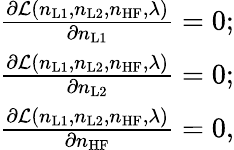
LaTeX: \begin{array}{r}{\frac{\partial\mathcal{L}(n_{\mathrm{L1}},n_{\mathrm{L2}},n_{\mathrm{HF}},\lambda)}{\partial n_{\mathrm{L1}}}=0;}\\ {\frac{\partial\mathcal{L}(n_{\mathrm{L1}},n_{\mathrm{L2}},n_{\mathrm{HF}},\lambda)}{\partial n_{\mathrm{L2}}}=0;}\\ {\frac{\partial\mathcal{L}(n_{\mathrm{L1}},n_{\mathrm{L2}},n_{\mathrm{HF}},\lambda)}{\partial n_{\mathrm{HF}}}=0,}\end{array}